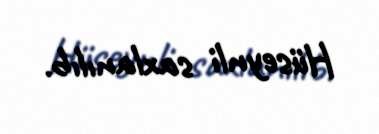
Hüseynli saxlanılıb.